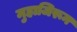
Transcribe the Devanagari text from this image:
मुहाजिरून